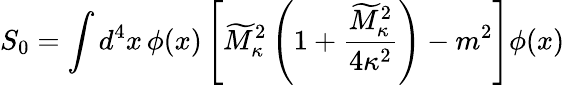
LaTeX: S_{0}=\int d^{4}x\, \phi(x)\left[\widetilde{M}_{\kappa}^{2}\left(1+{\frac{\widetilde{M}_{\kappa}^{2}}{4\kappa^{2}}}\right)-m^{2}\right]\phi(x)